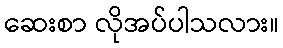
ဆေးစာ လိုအပ်ပါသလား။